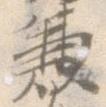
兼